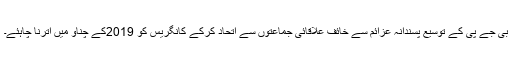
بی جے پی کے توسیع پسندانہ عزائم سے خائف علاقائی جماعتوں سے اتحاد کرکے کانگریس کو 2019کے چناؤ میں اترنا چاہئے۔